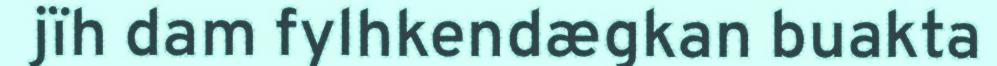
jïh dam fylhkendægkan buakta